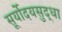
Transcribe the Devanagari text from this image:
सूर्योदयसुद्धा